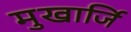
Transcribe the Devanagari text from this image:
मुखार्जि